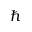
\hbar